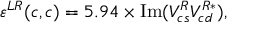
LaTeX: \varepsilon ^ { L R } ( c , c ) = 5 . 9 4 \times \mathrm { I m } ( V _ { c s } ^ { R } V _ { c d } ^ { R * } ) , \,